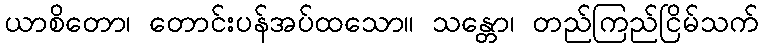
ယာစိတော၊ တောင်းပန်အပ်ထသော။ သန္တော၊ တည်ကြည်ငြိမ်သက်